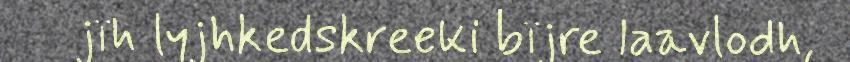
jïh lyjhkedskreeki bïjre laavlodh,